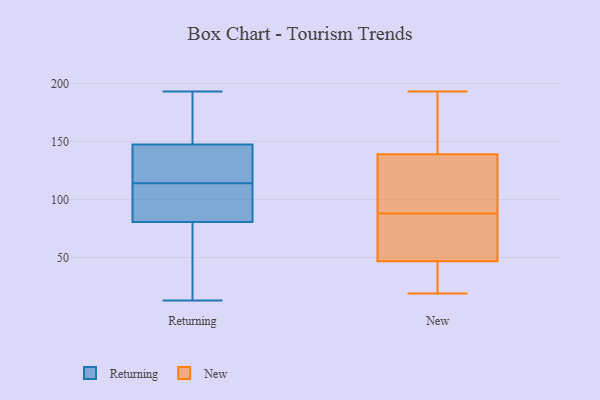
{"axis": {"x": "Website Visitors", "y": "Value"}, "legend": ["New", "Returning"], "data": [{"x": "", "y": 163, "type": "Returning"}, {"x": "", "y": 124, "type": "Returning"}, {"x": "", "y": 13, "type": "Returning"}, {"x": "", "y": 66, "type": "Returning"}, {"x": "", "y": 72, "type": "Returning"}, {"x": "", "y": 95, "type": "Returning"}, {"x": "", "y": 171, "type": "Returning"}, {"x": "", "y": 130, "type": "Returning"}, {"x": "", "y": 193, "type": "Returning"}, {"x": "", "y": 132, "type": "Returning"}, {"x": "", "y": 104, "type": "Returning"}, {"x": "", "y": 89, "type": "Returning"}, {"x": "", "y": 142, "type": "New"}, {"x": "", "y": 193, "type": "New"}, {"x": "", "y": 87, "type": "New"}, {"x": "", "y": 90, "type": "New"}, {"x": "", "y": 81, "type": "New"}, {"x": "", "y": 37, "type": "New"}, {"x": "", "y": 84, "type": "New"}, {"x": "", "y": 170, "type": "New"}, {"x": "", "y": 39, "type": "New"}, {"x": "", "y": 110, "type": "New"}, {"x": "", "y": 26, "type": "New"}, {"x": "", "y": 185, "type": "New"}, {"x": "", "y": 28, "type": "New"}, {"x": "", "y": 70, "type": "New"}, {"x": "", "y": 164, "type": "New"}, {"x": "", "y": 19, "type": "New"}, {"x": "", "y": 88, "type": "New"}, {"x": "", "y": 113, "type": "New"}, {"x": "", "y": 130, "type": "New"}]}